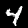
Digit: 4